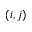
( i , j )